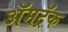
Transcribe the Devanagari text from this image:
ॲमट्रॅक